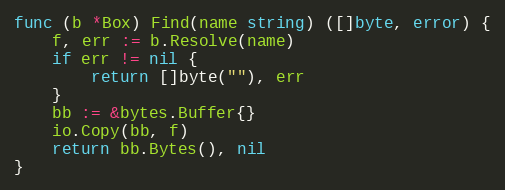
Language: Go
func (b *Box) Find(name string) ([]byte, error) {
	f, err := b.Resolve(name)
	if err != nil {
		return []byte(""), err
	}
	bb := &bytes.Buffer{}
	io.Copy(bb, f)
	return bb.Bytes(), nil
}